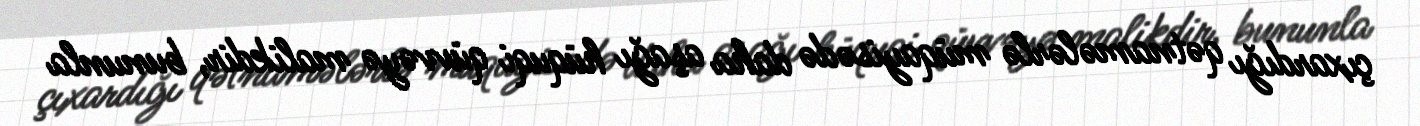
çıxardığı qətnamələrlə müqayisədə daha aşağı hüquqi qüvvəyə malikdir, bununla